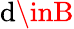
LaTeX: \mathrm{d}\inB